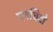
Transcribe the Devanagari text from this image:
प्लचिदो